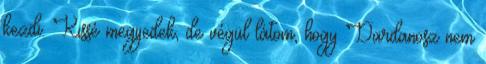
kezdi. Kissé megijedek, de végül látom, hogy Dardanosz nem